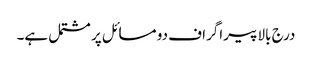
درج بالا پیراگراف دو مسائل پر مشتمل ہے۔